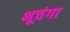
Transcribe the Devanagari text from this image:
भूचंगा